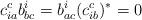
LaTeX: \begin{align*}c_{ia}^c b_{bc}^i=b_{ac}^i (c_{ib}^c)^*=0\end{align*}